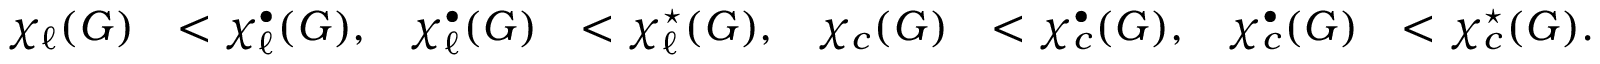
\begin{array} { r l r l r l r l } { \chi _ { \ell } ( G ) } & { < \chi _ { \ell } ^ { \bullet } ( G ) , } & { \chi _ { \ell } ^ { \bullet } ( G ) } & { < \chi _ { \ell } ^ { \star } ( G ) , } & { \chi _ { c } ( G ) } & { < \chi _ { c } ^ { \bullet } ( G ) , } & { \chi _ { c } ^ { \bullet } ( G ) } & { < \chi _ { c } ^ { \star } ( G ) . } \end{array}